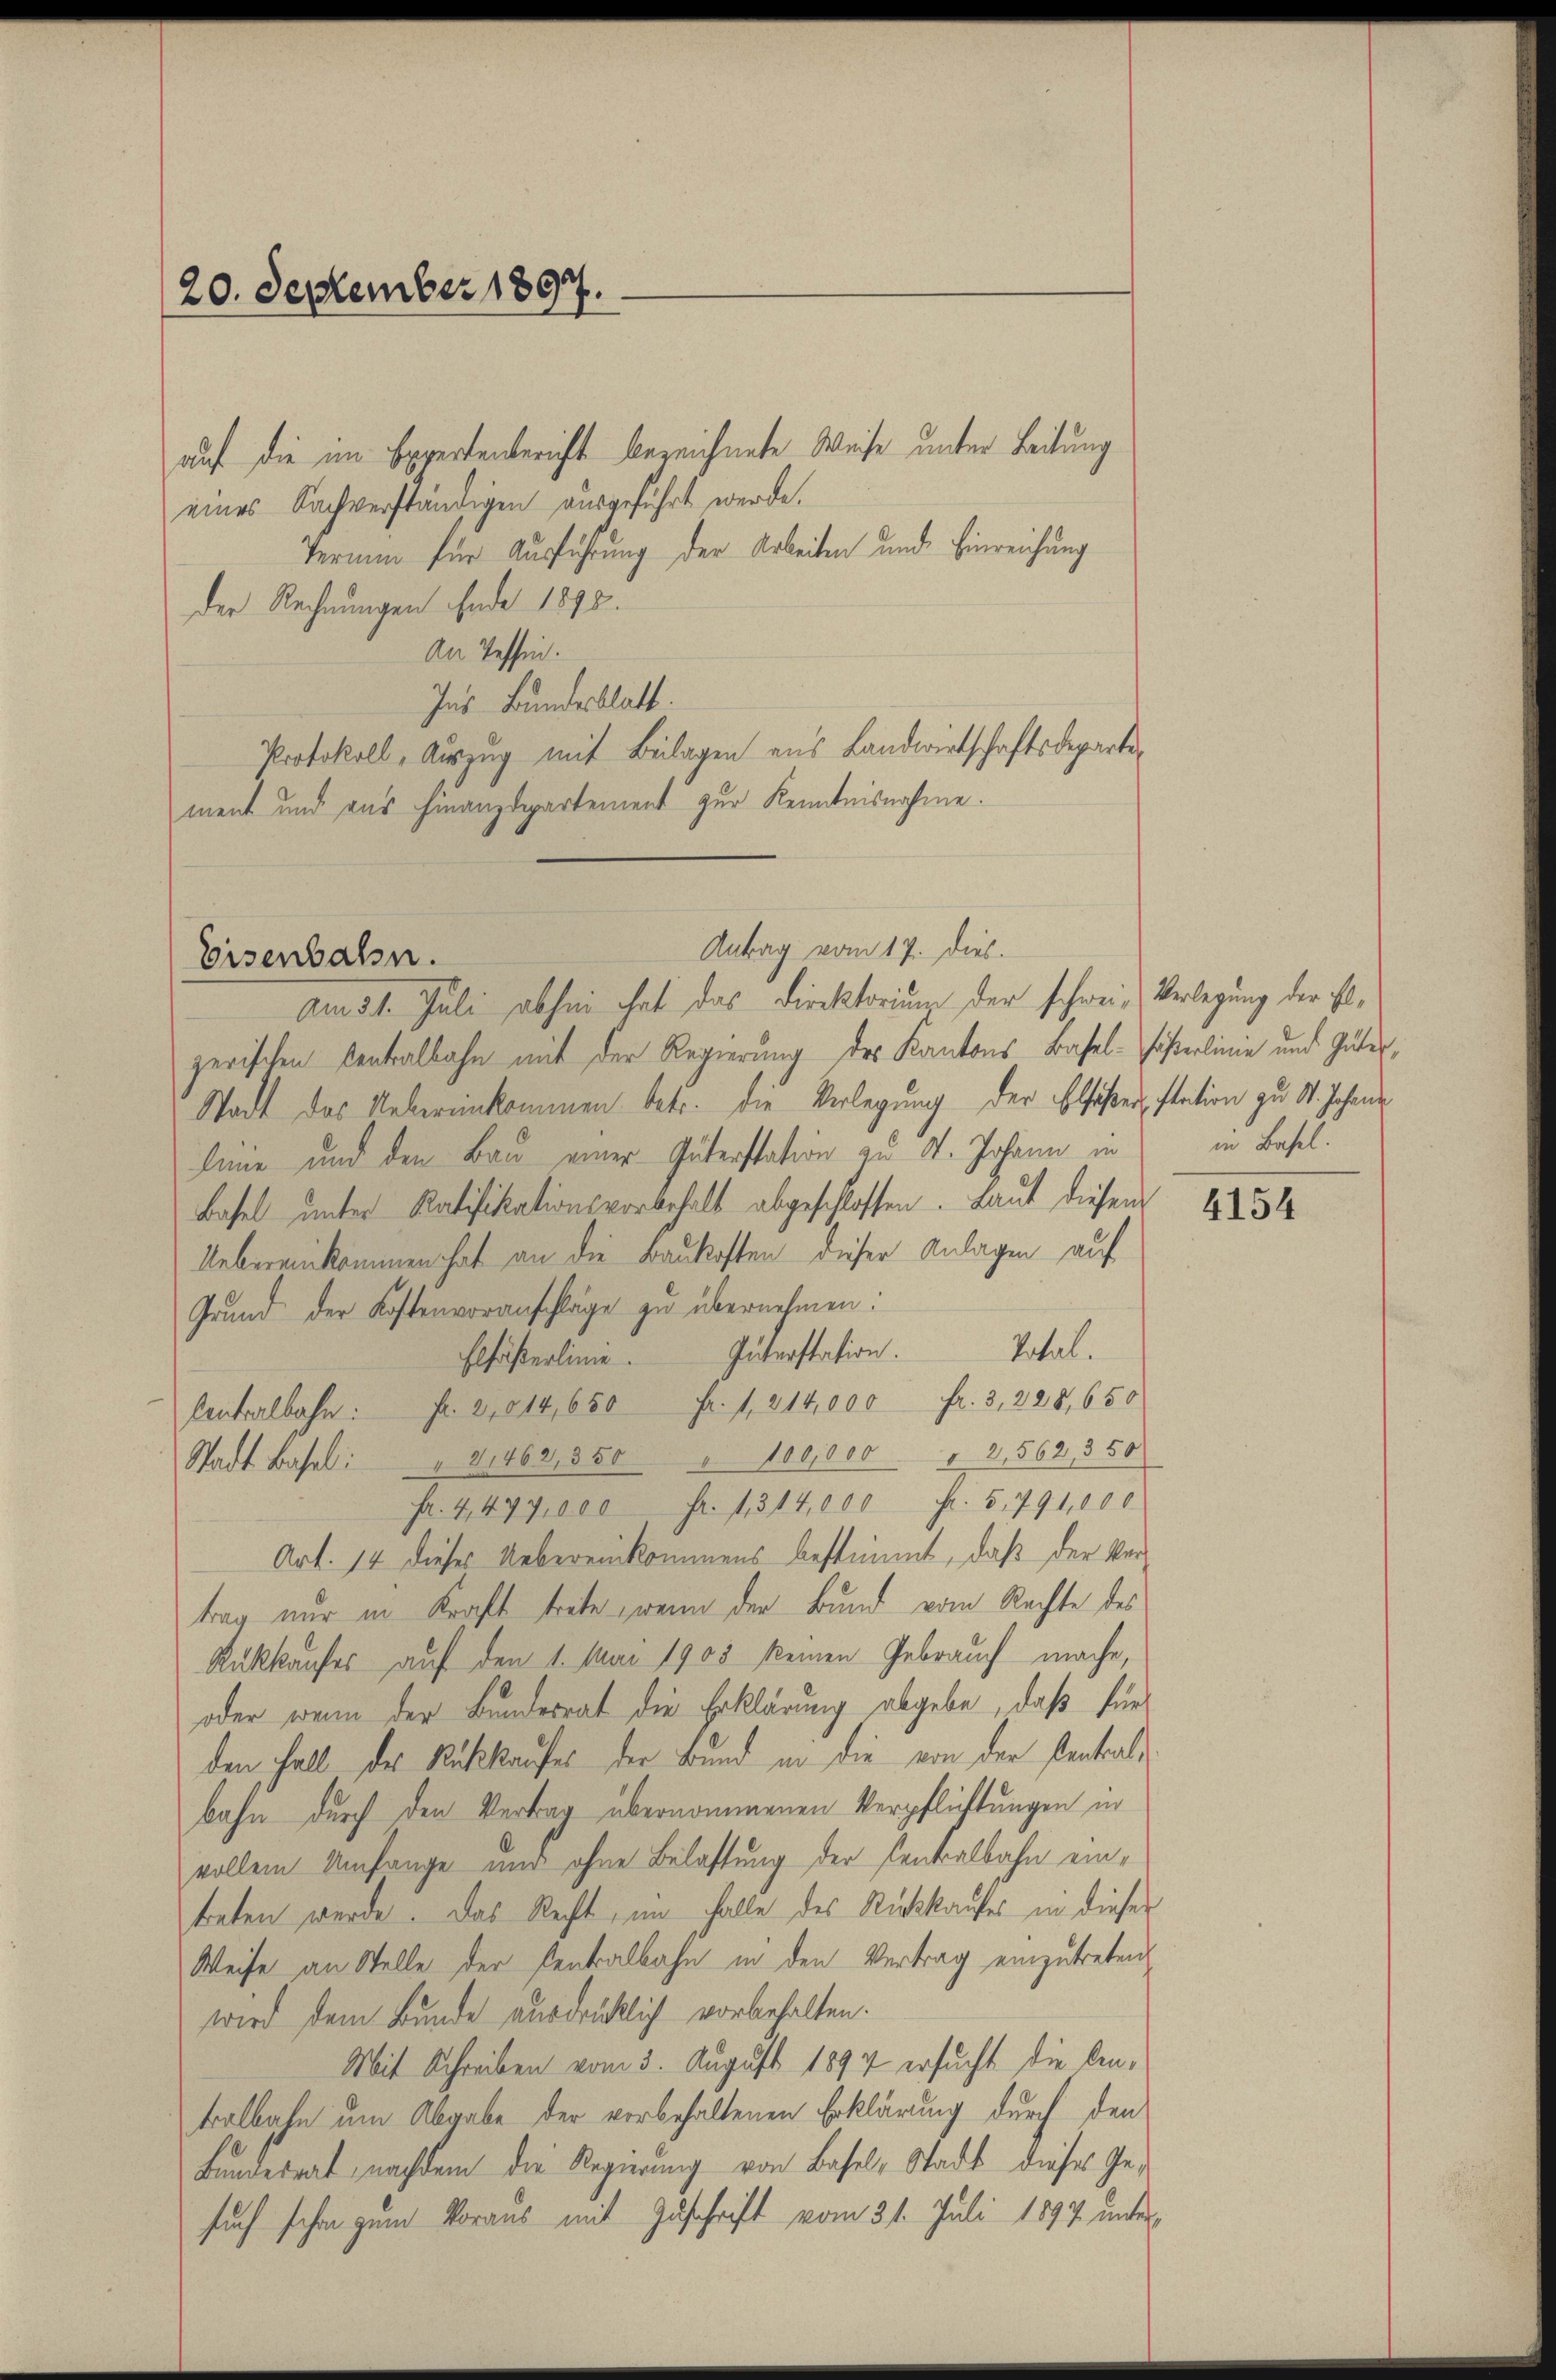
20. September 1897.

auf die im Expertenbericht bezeichnete Weise unter Leitung
eines Sachverständigen ausgeführt werde.
Termin für Ausführung der Arbeiten und Einreichung
Der Rechnungen Ende 1898.
An Tessin.
Ins Bundesblatt.
Protokoll, Auszug mit Beilagen aus Landwirtschaftsdeparte
ment und aus Finanzdepartement zur Kenntnisnahme.

Am 31. Juli abhin hat das Direktorium der schwei- Verlegung der ist,
zerischen Centralbahn mit der Regierung des Kantons Basel-Faserlinie und Güter,
Stadt das Uebereinkommen betr. die Verlegung der Elfäßer, station zu St. Johann
lene und den Bau einer Güterstation zu St. Johann in in Basel
Basel unter Ratifikationsvorbehalt abgeschlossen. Laut diesem
Uebereinkommen hat an die Baukosten dieser Anlagen auf
Grund der Kostenvoranschläge zu übernehmen:
Total.
Elfäßerlinie. Interstation.
Centralbahn: Fr. 2014,650 Fr. 1, 214,000 fr. 3, 228,650
Stadt Basel: " 21462, 350 " 100,000 " 2,562, 350
Fr. 4, 477,000 Fr. 1314,000 Fr. 5, 791,000
Art. 14 dieses Uebereinkommens bestimmt, daß der Vertrag nur in Kraft trete, wenn der Bund vom Rechte des
Rückkaufes auf den 1. Mai 1905 keinen Gebrauch mache,
oder wenn der Bundesrat die Erklärung abgebe, daß für
den Fall des Rückkaufes der Bund in die von der Pentralbahn durch den Vertrag übernommenen Verpflichtungen in
vollem Umfange und ohne Belastung der Centralbahn eintreten werde. Das Recht, im Falle des Rückkaufes in dieser
Weise an Stelle der Centralbahn in den Vertrag einzutreten
wird dem Bunde ausdrücklich vorbehalten.
Mit Schreiben vom 3. August 1894 ersucht die lenkalbahn um Abgabe der vorbehaltenen Erklärung durch den
Bundesrat, nachdem die Regierung von Basel, Stadt dieses Gesuch schon zum Voraus mit Zuschrift vom 31. Juli 1897 unter

Antrag vom 17. dies.
Eisenbahn.

4154